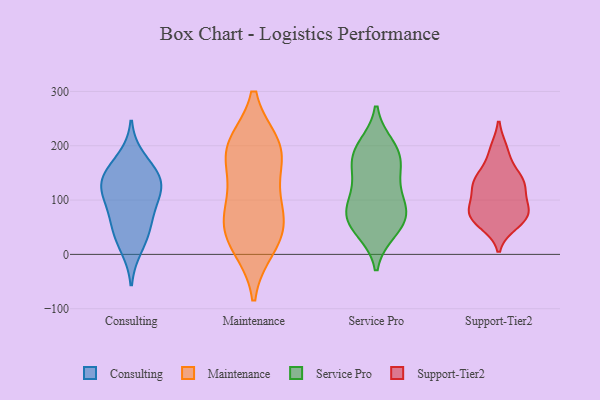
{"axis": {"x": "Page Views", "y": "Value"}, "legend": ["Consulting", "Maintenance", "Service Pro", "Support-Tier2"], "data": [{"x": "", "y": 77, "type": "Consulting"}, {"x": "", "y": 149, "type": "Consulting"}, {"x": "", "y": 141, "type": "Consulting"}, {"x": "", "y": 49, "type": "Consulting"}, {"x": "", "y": 178, "type": "Consulting"}, {"x": "", "y": 113, "type": "Consulting"}, {"x": "", "y": 97, "type": "Consulting"}, {"x": "", "y": 136, "type": "Consulting"}, {"x": "", "y": 41, "type": "Consulting"}, {"x": "", "y": 11, "type": "Consulting"}, {"x": "", "y": 127, "type": "Consulting"}, {"x": "", "y": 121, "type": "Maintenance"}, {"x": "", "y": 190, "type": "Maintenance"}, {"x": "", "y": 30, "type": "Maintenance"}, {"x": "", "y": 72, "type": "Maintenance"}, {"x": "", "y": 80, "type": "Maintenance"}, {"x": "", "y": 200, "type": "Maintenance"}, {"x": "", "y": 15, "type": "Maintenance"}, {"x": "", "y": 196, "type": "Maintenance"}, {"x": "", "y": 43, "type": "Maintenance"}, {"x": "", "y": 187, "type": "Maintenance"}, {"x": "", "y": 199, "type": "Service Pro"}, {"x": "", "y": 178, "type": "Service Pro"}, {"x": "", "y": 79, "type": "Service Pro"}, {"x": "", "y": 52, "type": "Service Pro"}, {"x": "", "y": 170, "type": "Service Pro"}, {"x": "", "y": 191, "type": "Service Pro"}, {"x": "", "y": 119, "type": "Service Pro"}, {"x": "", "y": 80, "type": "Service Pro"}, {"x": "", "y": 147, "type": "Service Pro"}, {"x": "", "y": 89, "type": "Service Pro"}, {"x": "", "y": 63, "type": "Service Pro"}, {"x": "", "y": 44, "type": "Service Pro"}, {"x": "", "y": 141, "type": "Support-Tier2"}, {"x": "", "y": 135, "type": "Support-Tier2"}, {"x": "", "y": 92, "type": "Support-Tier2"}, {"x": "", "y": 86, "type": "Support-Tier2"}, {"x": "", "y": 73, "type": "Support-Tier2"}, {"x": "", "y": 57, "type": "Support-Tier2"}, {"x": "", "y": 65, "type": "Support-Tier2"}, {"x": "", "y": 129, "type": "Support-Tier2"}, {"x": "", "y": 121, "type": "Support-Tier2"}, {"x": "", "y": 65, "type": "Support-Tier2"}, {"x": "", "y": 74, "type": "Support-Tier2"}, {"x": "", "y": 139, "type": "Support-Tier2"}, {"x": "", "y": 192, "type": "Support-Tier2"}, {"x": "", "y": 189, "type": "Support-Tier2"}, {"x": "", "y": 78, "type": "Support-Tier2"}, {"x": "", "y": 131, "type": "Support-Tier2"}]}